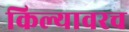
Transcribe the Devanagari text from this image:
किल्यावरच